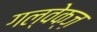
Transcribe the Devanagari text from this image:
गल्वेक्ज़